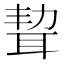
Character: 𦕥